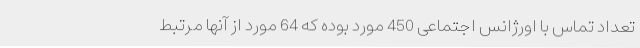
تعداد تماس با اورژانس اجتماعی 450 مورد بوده که 64 مورد از آنها مرتبط